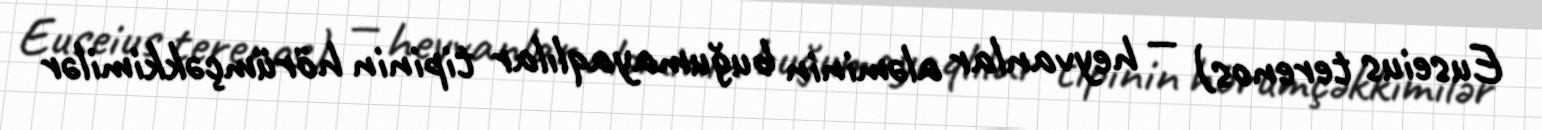
Euseius terenos) — heyvanlar aləminin buğumayaqlılar tipinin hörümçəkkimilər